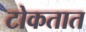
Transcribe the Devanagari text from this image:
टोकतात